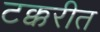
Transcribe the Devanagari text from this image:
टक्करीत